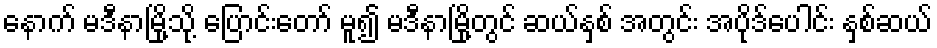
နောက် မဒီနာမြို့သို့ ပြောင်းတော် မူ၍ မဒီနာမြို့တွင် ဆယ်နှစ် အတွင်း အပိုဒ်ပေါင်း နှစ်ဆယ်